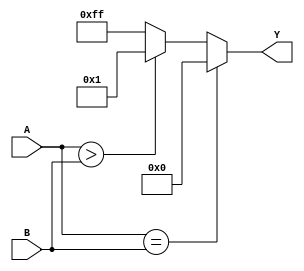
`timescale 1ns / 1ps
//////////////////////////////////////////////////////////////////////////////////
// Company: 
// Engineer: 
// 
// Design Name: 
// Module Name:    Comparator 
// Project Name: 
// Target Devices: 
// Tool versions: 
// Description: 
//
// Dependencies: 
//
// Revision: 
// Revision 0.01 - File Created
// Additional Comments: 
//
//////////////////////////////////////////////////////////////////////////////////
module Comparator(
    input [7:0] A,
    input [7:0] B,
    output [7:0] Y
    );

	reg[7:0] tempY;
	
	always @(*)
	begin
		if (A == B)
			tempY = 8'b00000000;
		else if (A > B)
			tempY = 8'b00000001;
		else
			tempY = 8'b11111111;
	end
	
	assign Y = tempY;

endmodule